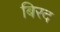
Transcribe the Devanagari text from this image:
बिरद